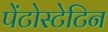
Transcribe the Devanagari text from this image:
पेंटोस्टेटिन